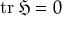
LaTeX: \operatorname { t r } { \mathfrak { H } } = 0